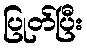
ပြုတ်ပြီး